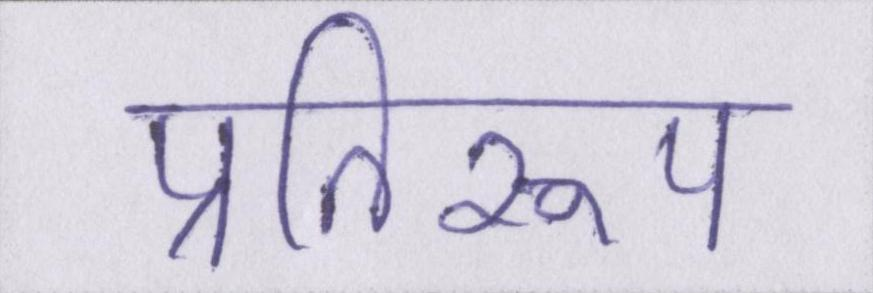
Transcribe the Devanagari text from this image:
प्रतिरूप